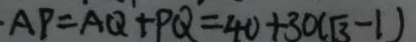
A P = A Q + P Q = 4 0 + 3 0 ( \sqrt { 3 } - 1 )